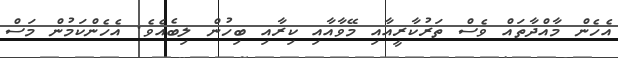
އެހެން މާއްދާތައް ވެސް ތަރުކާރީއާއި މޭވާއާއި ކިރާއި ބިހުން ލިބެއެވެ. އެހެންކަމުން މަސް